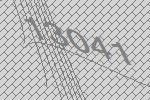
13041